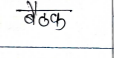
मजकूर: बैठक